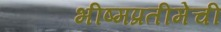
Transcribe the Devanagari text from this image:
भीष्मप्रतीमेची